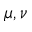
\mu , \nu